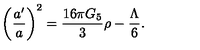
\left( { \frac { a ^ { \prime } } { a } } \right) ^ { 2 } = { \frac { 1 6 \pi G _ { 5 } } { 3 } } \rho - { \frac { \Lambda } { 6 } } .